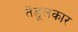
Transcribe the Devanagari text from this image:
तेंडूलकार